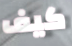
كيف